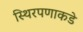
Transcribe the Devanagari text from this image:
स्थिरपणाकडे